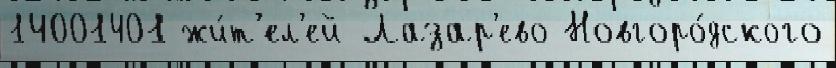
14001401 жи́т'ел'ей Лазар'ево Новгоро́дского